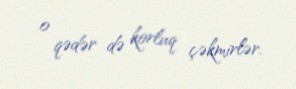
o qədər də korluq çəkmirlər.